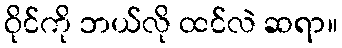
ဝိုင်ကို ဘယ်လို ထင်လဲ ဆရာ။